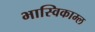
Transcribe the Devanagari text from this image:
भास्विकाम्ल